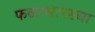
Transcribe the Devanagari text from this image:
फळासारख्या